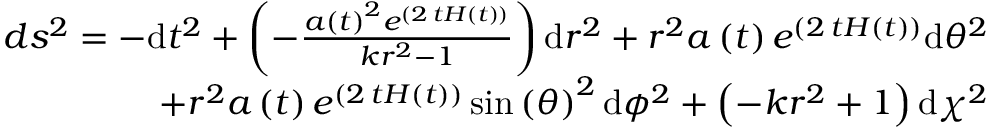
\begin{array} { r } { d s ^ { 2 } = - \mathrm { d } t ^ { 2 } + \left( - \frac { a \left( t \right) ^ { 2 } e ^ { \left( 2 \, t H \left( t \right) \right) } } { k r ^ { 2 } - 1 } \right) \mathrm { d } r ^ { 2 } + r ^ { 2 } a \left( t \right) e ^ { \left( 2 \, t H \left( t \right) \right) } \mathrm { d } { \theta } ^ { 2 } } \\ { + r ^ { 2 } a \left( t \right) e ^ { \left( 2 \, t H \left( t \right) \right) } \sin \left( { \theta } \right) ^ { 2 } \mathrm { d } { \phi } ^ { 2 } + \left( - k r ^ { 2 } + 1 \right) \mathrm { d } { \chi } ^ { 2 } } \end{array}